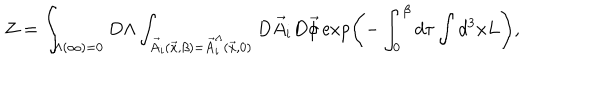
LaTeX: { \cal Z } = \int _ { \Lambda ( \infty ) = 0 } D \Lambda \int _ { { \vec { A } } _ { i } ( { \vec { x } } , \beta ) = { \vec { A } } _ { i } ^ { \Lambda } ( { \vec { x } } , 0 ) } { D } { \vec { A } } _ { i } D { \vec { \phi } } \exp \left( - \int _ { 0 } ^ { \beta } d \tau \int d ^ { 3 } x L \right) ,